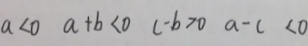
a < 0 a + b < 0 c - b > 0 a - c < 0